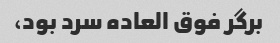
برگر فوق العاده سرد بود،